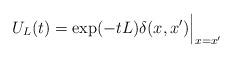
LaTeX: \begin{align*}U_L(t)=\exp(-t L)\delta(x,x')\Big\vert_{x=x'}\end{align*}